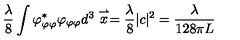
\frac { \lambda } { 8 } \int \varphi _ { \varphi \varphi } ^ { * } \varphi _ { \varphi \varphi } d ^ { 3 } \stackrel { \rightharpoonup } { x } = \frac { \lambda } { 8 } | c | ^ { 2 } = \frac { \lambda } { 1 2 8 \pi L }